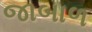
જાબાળ